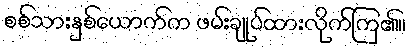
စစ်သားနှစ်ယောက်က ဖမ်းချုပ်ထားလိုက်ကြ၏။